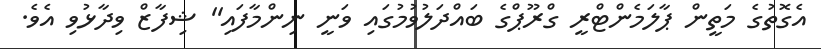
އެގޮތުގެ މަތީން ޕާލަމެންޓްރީ ގްރޫޕްގެ ބައްދަލުވުމުގައި ވަނީ ނިންމާފައި'' ޝިފާޒް ވިދާޅުވި އެވެ.